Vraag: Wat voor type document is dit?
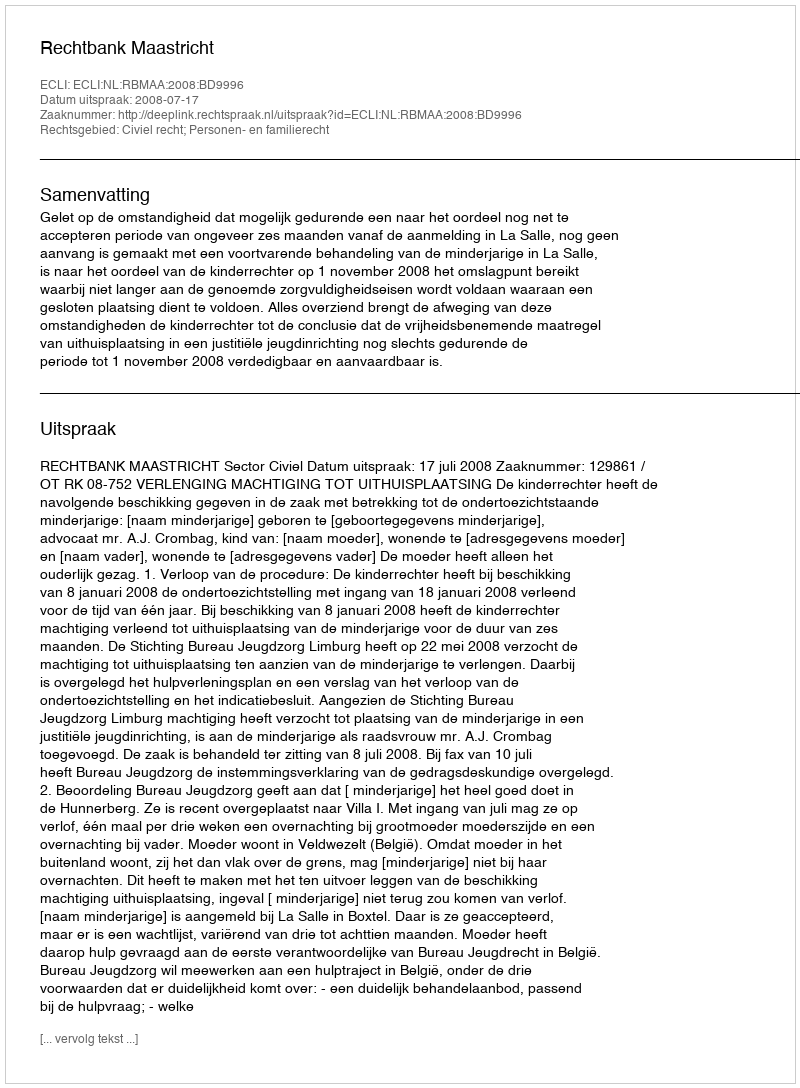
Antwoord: Uitspraak